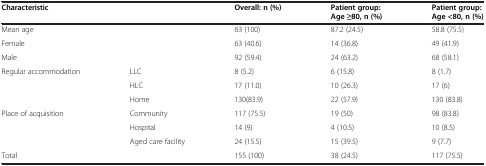
<table><thead><tr><td colspan="2"><b>Characteristic</b></td><td><b>Overall: n (%)</b></td><td><b>Patient group: Age ≥80, n (%)</b></td><td><b>Patient group: Age &lt;80, n (%)</b></td></tr></thead><tbody><tr><td colspan="2">Mean age</td><td>63 (100)</td><td>87.2 (24.5)</td><td>58.8 (75.5)</td></tr><tr><td colspan="2">Female</td><td>63 (40.6)</td><td>14 (36.8)</td><td>49 (41.9)</td></tr><tr><td colspan="2">Male</td><td>92 (59.4)</td><td>24 (63.2)</td><td>68 (58.1)</td></tr><tr><td rowspan="3">Regular accommodation</td><td>LLC</td><td>8 (5.2)</td><td>6 (15.8)</td><td>8 (1.7)</td></tr><tr><td>HLC</td><td>17 (11.0)</td><td>10 (26.3)</td><td>17 (6)</td></tr><tr><td>Home</td><td>130(83.9)</td><td>22 (57.9)</td><td>130 (83.8)</td></tr><tr><td rowspan="3">Place of acquisition</td><td>Community</td><td>117 (75.5)</td><td>19 (50)</td><td>98 (83.8)</td></tr><tr><td>Hospital</td><td>14 (9)</td><td>4 (10.5)</td><td>10 (8.5)</td></tr><tr><td>Aged care facility</td><td>24 (15.5)</td><td>15 (39.5)</td><td>9 (7.7)</td></tr><tr><td colspan="2">Total</td><td>155 (100)</td><td>38 (24.5)</td><td>117 (75.5)</td></tr></tbody></table>